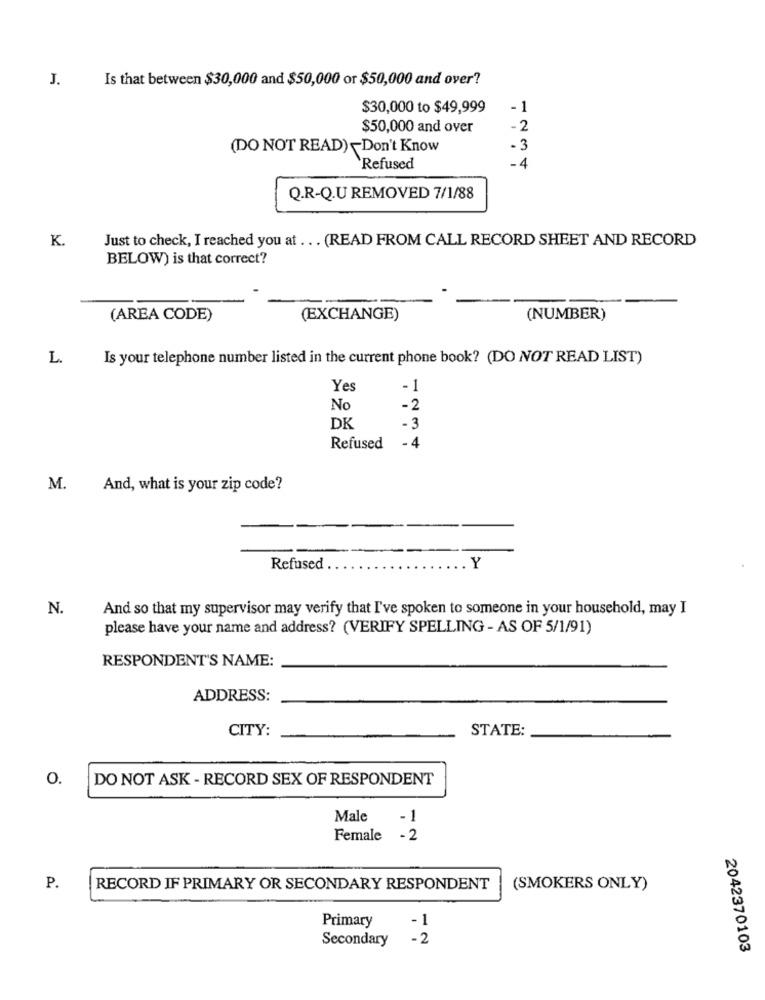
Is that between $30,000 and $50,000 or $50,000 and over?
J.
$30,000 to $49,999
-1
$50,000 and over
-2
(DO NOT READ) -Don't Know
- 3
-4
Refused
Q.R-Q.U REMOVED 7/1/88
K.
Just to check, I reached you at ... (READ FROM CALL RECORD SHEET AND RECORD
BELOW) is that correct?
(AREA CODE)
(EXCHANGE)
(NUMBER)
L.
Is your telephone number listed in the current phone book? (DO NOT READ LIST)
Yes
-1
No
-2
DK
4
Refused
M.
And, what is your zip code?
Refused
.Y
N.
And so that my supervisor may verify that I've spoken to someone in your household, may I
please have your name and address? (VERIFY SPELLING - AS OF 5/1/91)
RESPONDENT'S NAME:
ADDRESS:
CITY:
STATE:
0.
DO NOT ASK - RECORD SEX OF RESPONDENT
Male
-1
Female -2
P.
RECORD IF PRIMARY OR SECONDARY RESPONDENT
(SMOKERS ONLY)
Primary
Secondary
2042370103